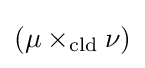
(\mu \times _{\text{cld}}\nu )